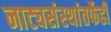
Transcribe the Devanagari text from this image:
नाट्यसंस्थांतर्फेही